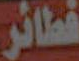
فطائر